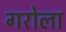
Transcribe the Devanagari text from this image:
गरोला